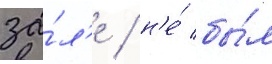
за́л'е / н'е́ бы́л